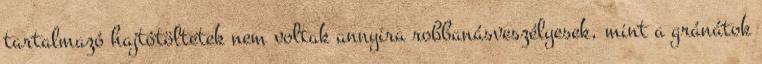
tartalmazó hajtótöltetek nem voltak annyira robbanásveszélyesek, mint a gránátok